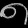
Digit: ၈